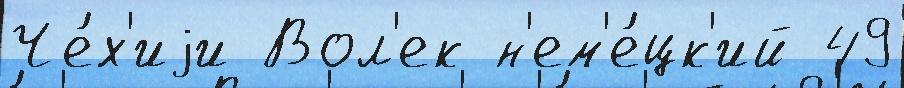
Че́х'иjи Вол'ек н'ем'е́цк'ий 49